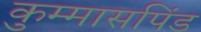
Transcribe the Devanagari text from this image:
कुम्मासपिंड